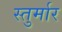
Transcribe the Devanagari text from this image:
स्तुर्मार